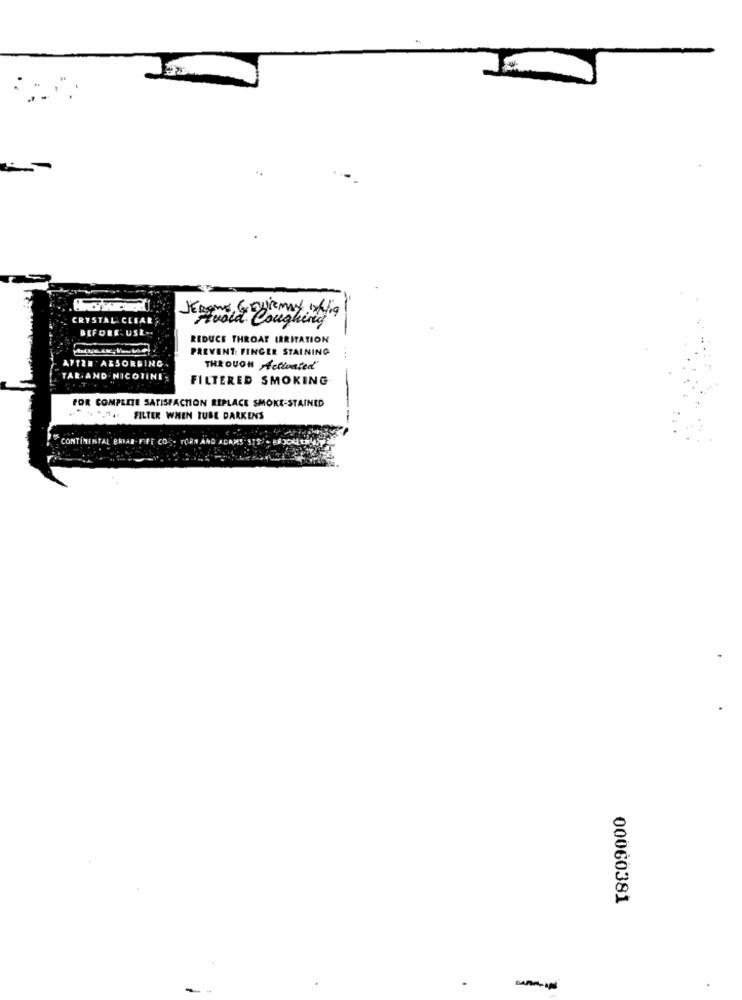
CRYSTAL CLEAR ,
BEFORE.USL-
REDUCE THROAT IRRITATION
PREVENT: FINGER STAINING
AFTER 'AESORBING
THROUGH Hetlunted"
TAL AND NICOTINE'S
FILTERED SMOKING
FOR COMPLETE SATISFACTION REPLACE SMOKE-STAINED
FILTER WHEN TUBE DARKENS
CONTINENTAL BRIAR- FIFE CO .. TORT AND ADAMS STRA- MEJORLERIN
00060381
-